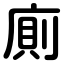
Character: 廁